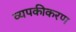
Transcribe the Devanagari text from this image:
व्यपकीकरण